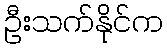
ဦးသက်နိုင်က